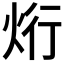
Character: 烆